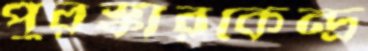
পুরস্কারকেন্দ্র